Tartu_Linna_ja_Maakonna_Kaitseliit, lk 21
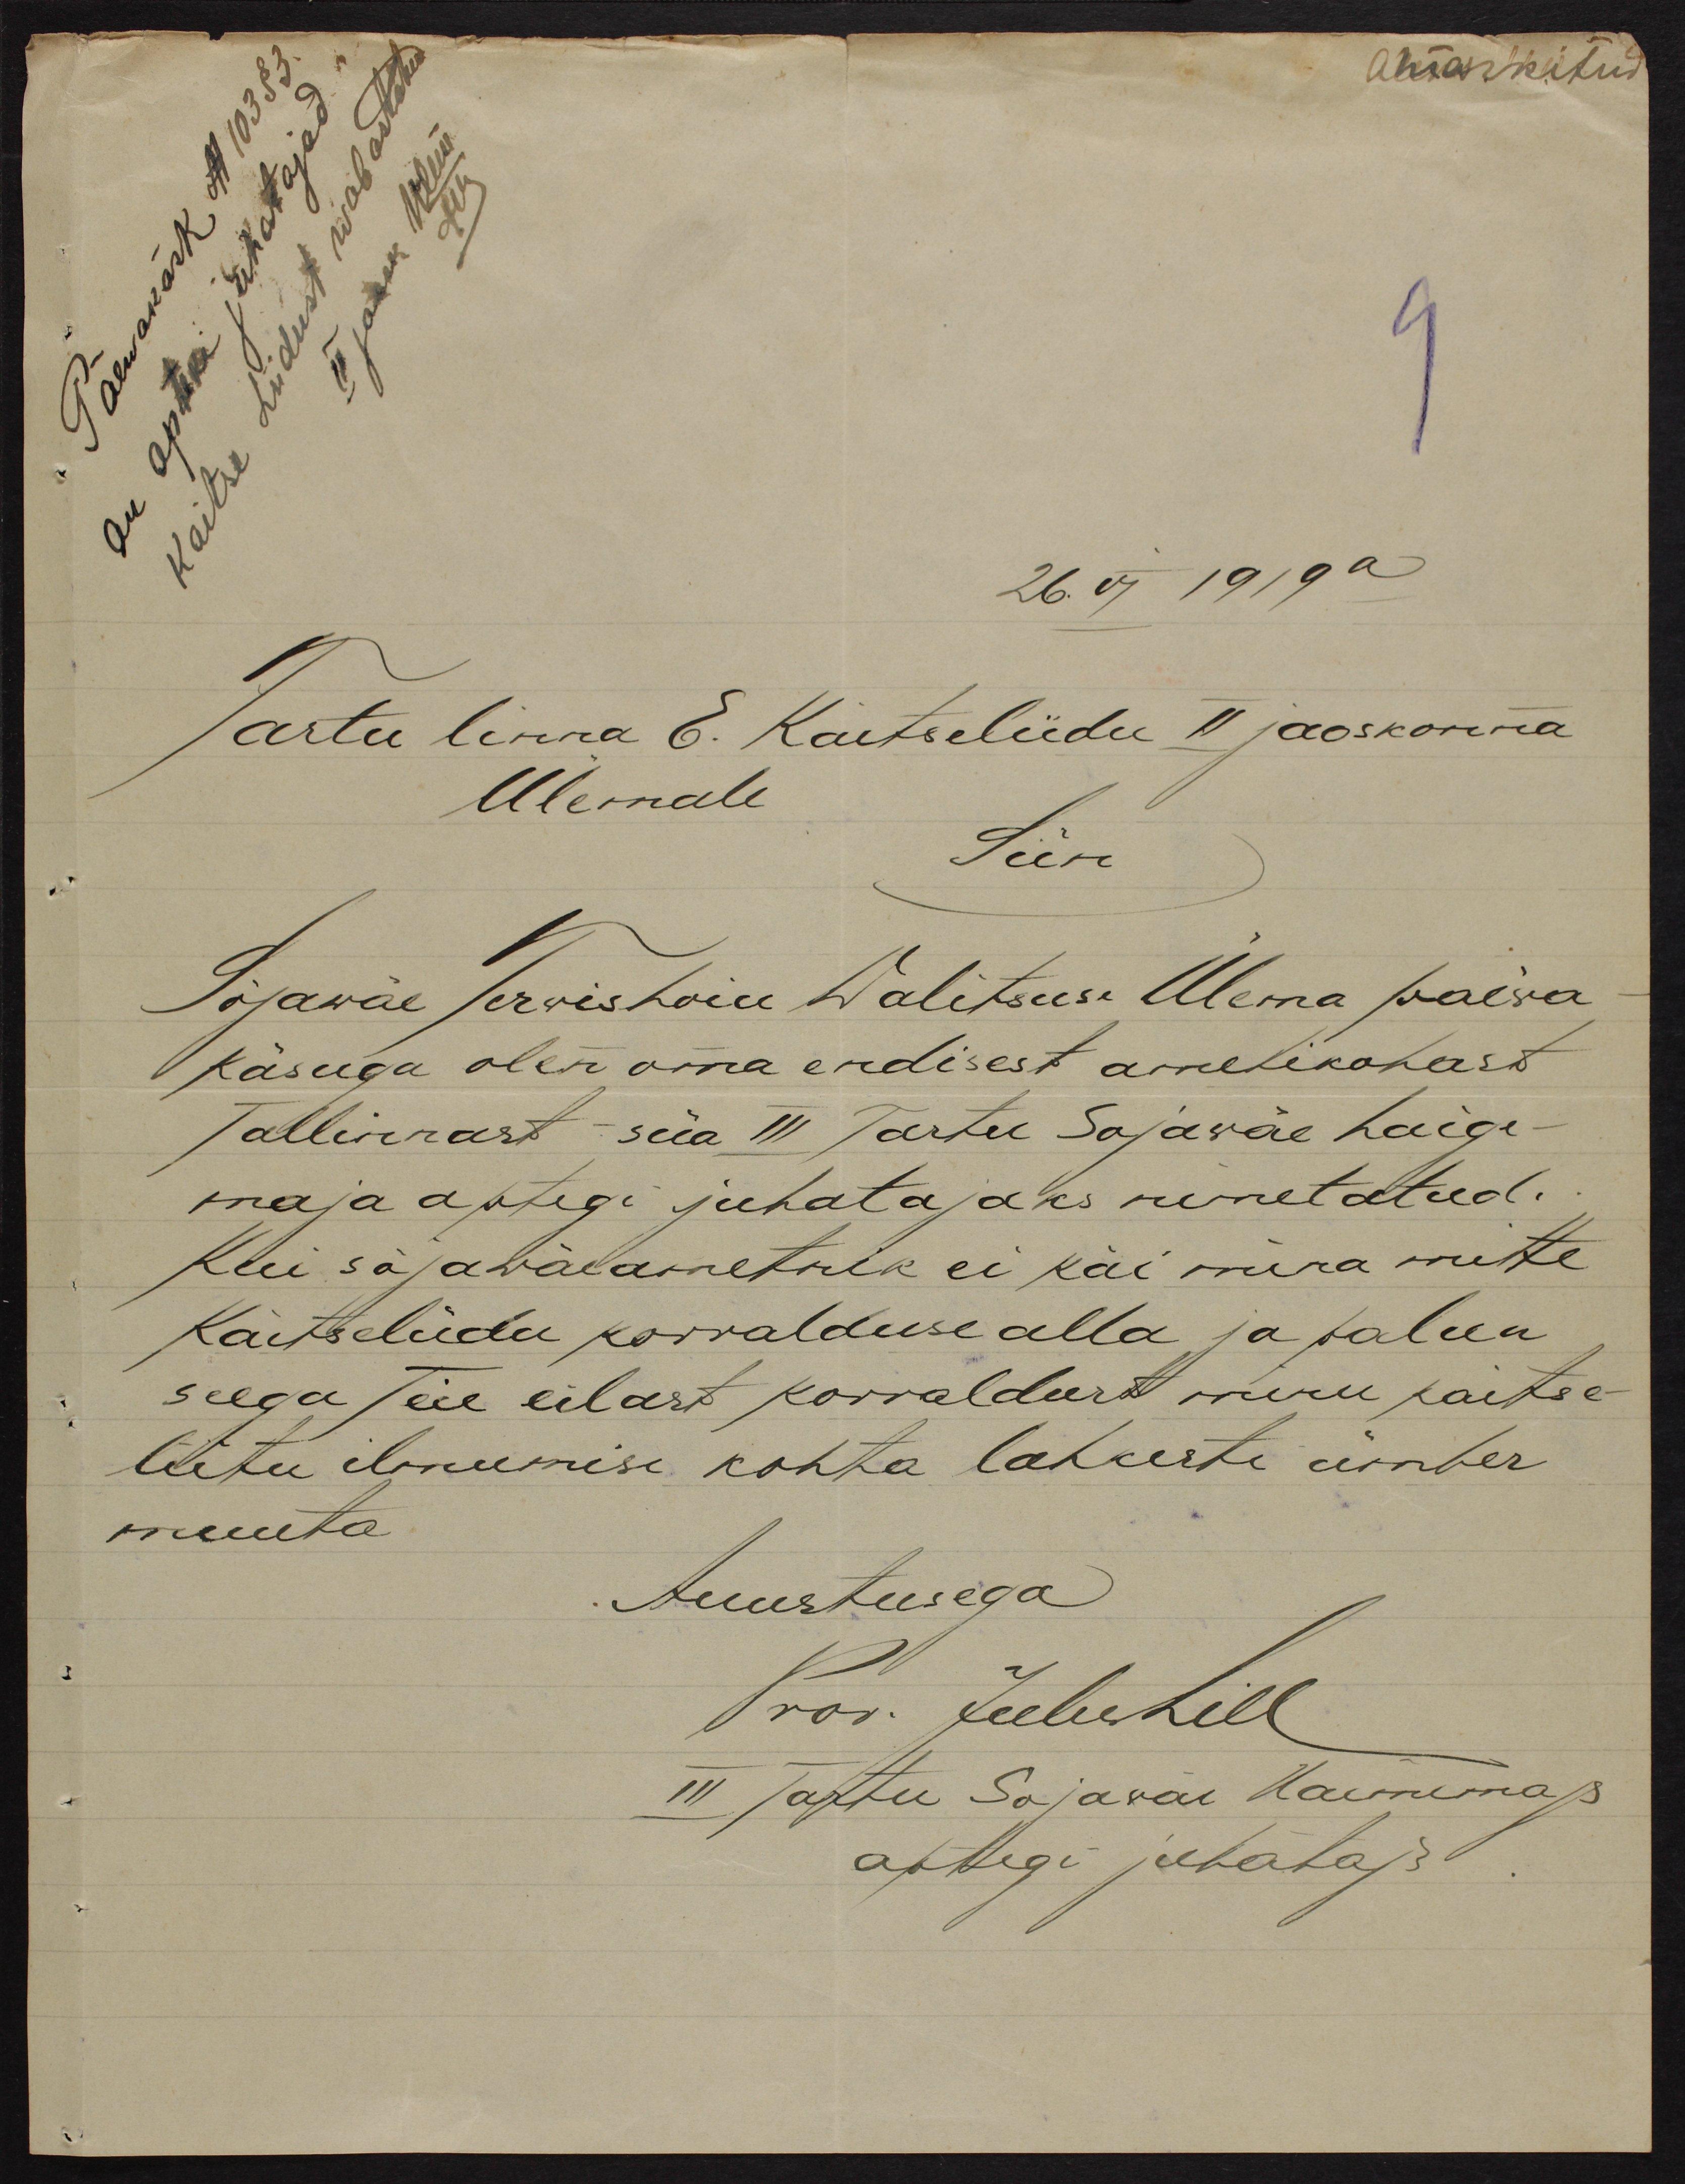
Päevakäsk, No: 10383
on otsust juhatajad
Kaitse Liidus wabatahtlikud
26.VI 1919a
Tartu linna E. Kaitseliidu II jaoskonna
Ulemale
kiire
Sõjawäe Terwishoiu Walitsuse Ülema paewa
Käsuga olen oma endisest ametikohast
Tallinnast - siia III Tartu Sõjawäe haige-
maja aptegi juhatajaks nimetatud.
Kui sõjawäeametnik ei käi mina mitte
Kaitseliidu korralduse alla ja palun
seega teie eilast korraldust minu kaitse-
liitu ilmumise kohta lahkeste ümber
muuta
Auustusega
Prov. Jeebehill
III Tartu Sojawäe Haernemas
aptegi juhataja